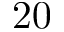
2 0